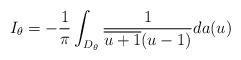
LaTeX: \begin{align*} I_{\theta} = -\frac{1}{\pi}\int_{D_{\theta} }\frac{1}{\overline{u+1} (u-1)} da(u)\end{align*}